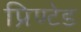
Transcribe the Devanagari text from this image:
प्रिण्टेड